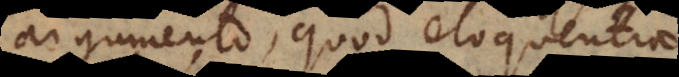
argumento, quod eloquentiae